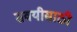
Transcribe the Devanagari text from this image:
सवयीसाठी